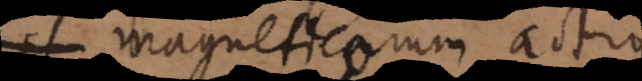
magneticorum actio